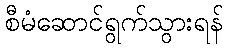
စီမံဆောင်ရွက်သွားရန်